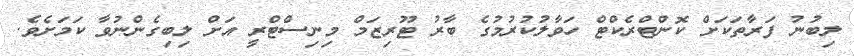
ލިބުނު ފަރާތަކަށް ކޮންޓްރެކްޓް ހަވާލުކުރުމުގެ ބާރު ޓޫރިޒަމް މިނިސްޓްރީ އަށް ލިބިގެންނުވާ ކަމަށެވެ.